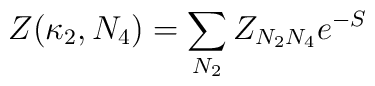
Z(\kappa_2, N_4) = \sum_{N_2} Z_{N_2 N_4} e^{-S}